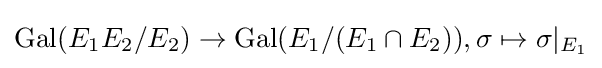
{\text{Gal}}(E_{1}E_{2}/E_{2})\rightarrow {\text{Gal}}(E_{1}/(E_{1}\cap E_{2})),\sigma \mapsto \sigma |_{E_{1}}